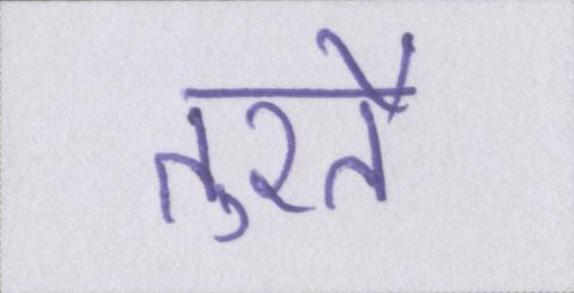
तुरतै